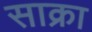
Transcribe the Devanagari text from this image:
साक्रा